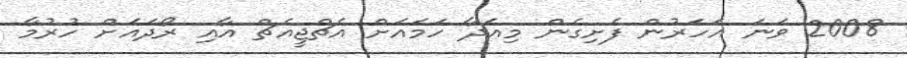
2008 ވަނަ އަހަރުން ފެށިގެން މިއަދާ ހަމައަށް އެޗްޖީއެޗް އާއި ރޯދައަށް ހުރުމާ